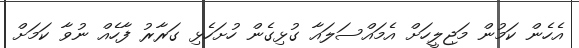
އެހެން ކަމުން މަޖިލީހަށް އެމައްސަލައާ ގުޅިގެން ހުށަހެޅި ގަރާރު ފާހެއް ނުވާ ކަމަށް